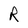
Character: R